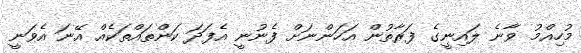
މުހިއްމު ވާނެ ލައިނީގެ ފަރާތުން އަހަންނަށް ފެނުނީ އެފަދަ ކަންތައްތަކެއް އޭނަ އެވަނީ